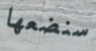
سنضعها